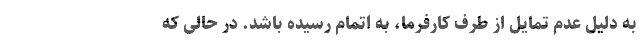
به دلیل عدم تمایل از طرف کارفرما، به اتمام رسیده باشد. در حالی که